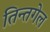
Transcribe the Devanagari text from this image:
तिन्तगेल